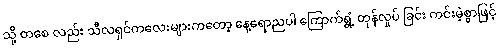
သို့ တစေ လည်း သီလရှင်ကလေးများကတော့ နေ့ရောညပါ ကြောက်ရွံ့ တုန်လှုပ် ခြင်း ကင်းမဲ့စွာဖြင့်